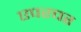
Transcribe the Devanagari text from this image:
एपरचर